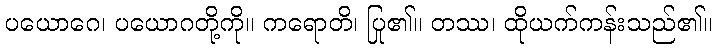
ပယောဂေ၊ ပယောဂတို့ကို။ ကရောတိ၊ ပြု၏။ တဿ၊ ထိုယက်ကန်းသည်၏။